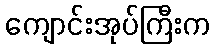
ကျောင်းအုပ်ကြီးက